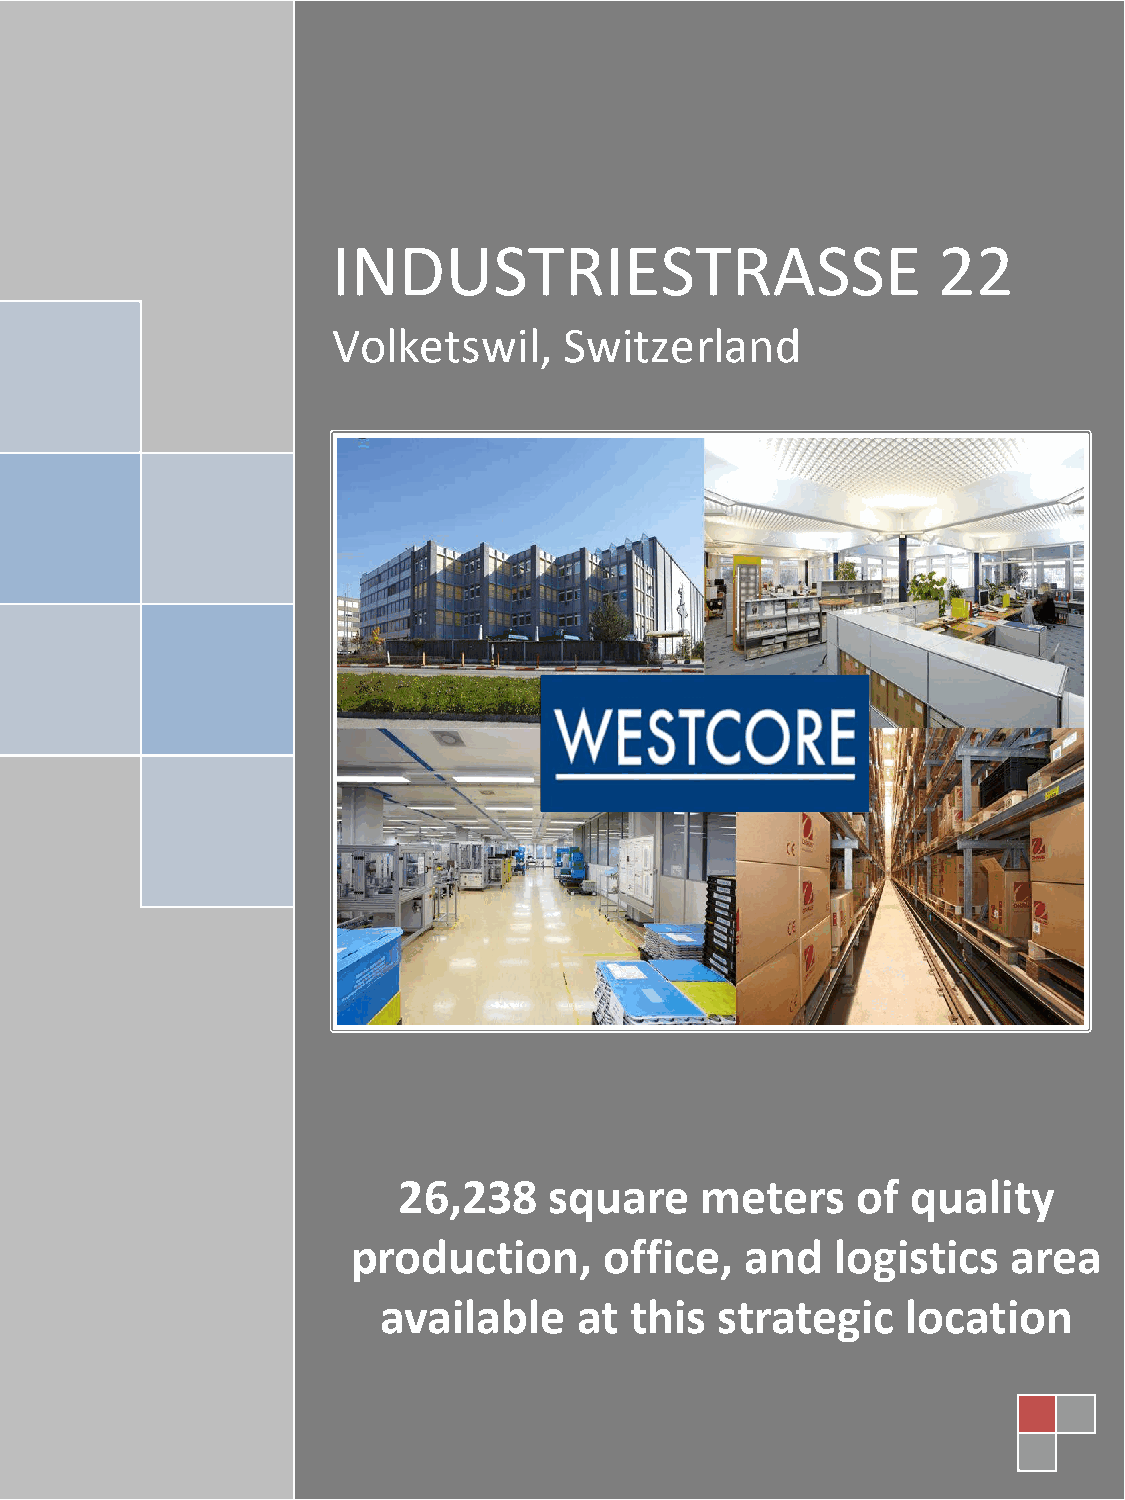
INDUSTRIESTRASSE                        22
 Volketswil,    Switzerland
 26,238    square    meters     of quality
 production,      office,  and   logistics   area
 available    at  this strategic    location